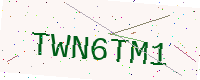
Text: TWN6TM1